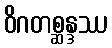
ဝိဂတစ္ဆန္ဒဿ